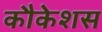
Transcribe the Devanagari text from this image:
कौकेशस